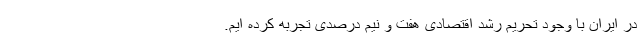
در ایران با وجود تحریم رشد اقتصادی هفت و نیم درصدی تجربه کرده ایم.